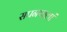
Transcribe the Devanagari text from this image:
सपनफलां